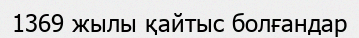
1369 жылы қайтыс болғандар